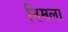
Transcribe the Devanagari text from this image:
निमला